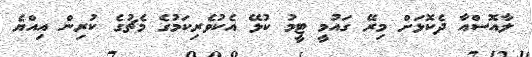
ލާއޮސްއާ ދެކޮޅަށް މިރޭ ގައުމީ ޓީމު ކުޅޭ އެކުވެރިކަމުގެ މެޗުގެ ކުރިން އިއްޔެ